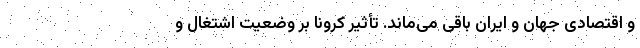
و اقتصادی جهان و ایران باقی می‌ماند. تأثیر کرونا بر وضعیت اشتغال و